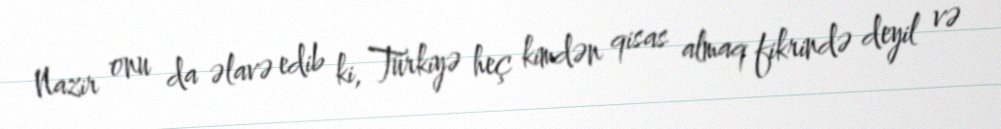
Nazir onu da əlavə edib ki, Türkiyə heç kimdən qisas almaq fikrində deyil və